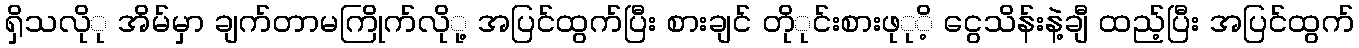
ရှိသလိုု အိမ်မှာ ချက်တာမကြိုက်လိုု့ အပြင်ထွက်ပြီး စားချင် တိုုင်းစားဖုုိ့ ငွေသိန်းနဲ့ချီ ထည့်ပြီး အပြင်ထွက်